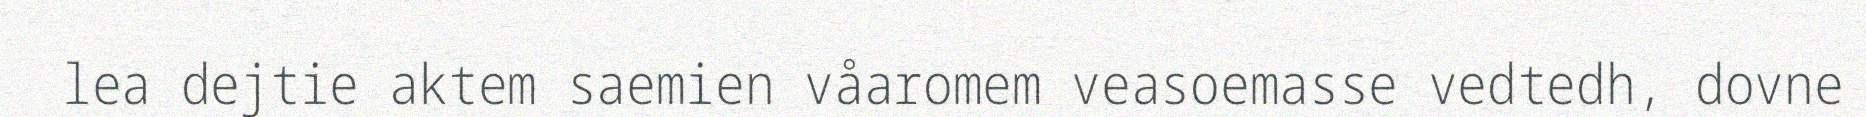
lea dejtie aktem saemien våaromem veasoemasse vedtedh, dovne